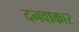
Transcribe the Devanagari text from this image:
दनवाकार